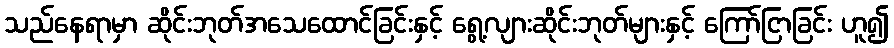
သည်နေရာမှာ ဆိုင်းဘုတ်အသေထောင်ခြင်းနှင့် ရွေ့လျားဆိုင်းဘုတ်များနှင့် ကြော်ငြာခြင်း ဟူ၍